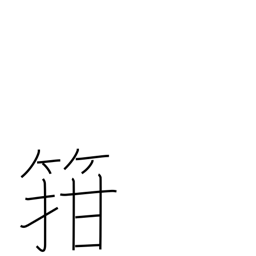
Meaning: fit into